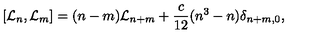
[ { \cal L } _ { n } , { \cal L } _ { m } ] = ( n - m ) { \cal L } _ { n + m } + \frac { c } { 1 2 } ( n ^ { 3 } - n ) \delta _ { n + m , 0 } ,